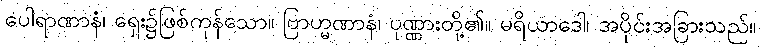
ပေါရာဏာနံ၊ ရှေး၌ဖြစ်ကုန်သော။ ဗြာဟ္မဏာနံ၊ ပုဏ္ဏားတို့၏။ မရိယာဒေါ၊ အပိုင်းအခြားသည်။